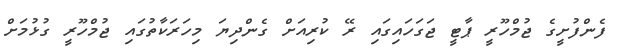
ފެންފުށީގެ ޖުމްހޫރީ ޕާޓީ ޖަގަހައިގައި ރޭ ކުރިއަށް ގެންދިޔަ މިހަރަކާތުގައި ޖުމްހޫރީ ގުޅުމަށް